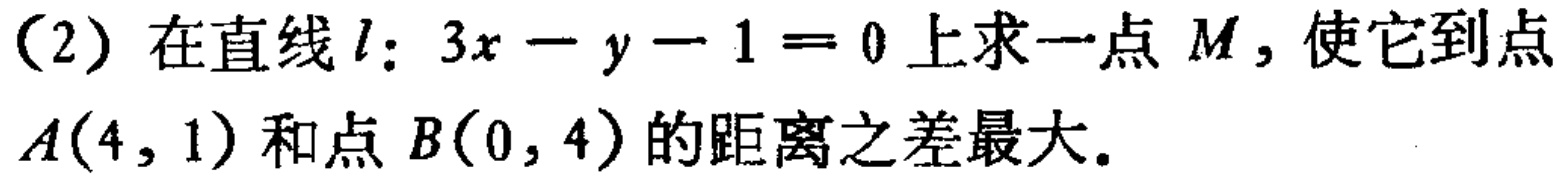
(2) 在直线\(l:3x - y - 1 = 0\)上求一点\(M\)，使它到点\(A(4,1)\)和点\(B(0,4)\)的距离之差最大。